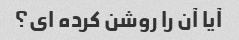
آیا آن را روشن کرده ای؟